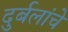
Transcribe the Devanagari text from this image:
दुर्बलांचे